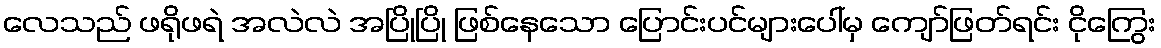
လေသည် ဖရိုဖရဲ အလဲလဲ အပြိုပြို ဖြစ်နေသော ပြောင်းပင်များပေါ်မှ ကျော်ဖြတ်ရင်း ငိုကြွေး